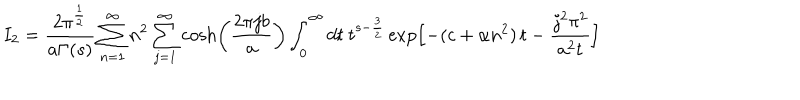
I _ { 2 } = { \frac { 2 \pi ^ { \frac { 1 } { 2 } } } { a \Gamma ( s ) } } \sum _ { n = 1 } ^ { \infty } n ^ { 2 } \sum _ { j = 1 } ^ { \infty } \cosh \left( { \frac { 2 \pi j b } { a } } \right) \int _ { 0 } ^ { \infty } d t \ t ^ { s - { \frac { 3 } { 2 } } } \exp \Bigl [ - ( c + \alpha n ^ { 2 } ) \, t - \frac { j ^ { 2 } \pi ^ { 2 } } { a ^ { 2 } t } \Bigr ]